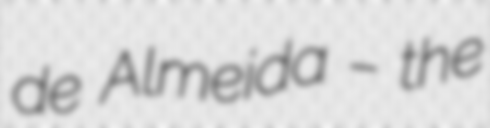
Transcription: de Almeida – the